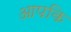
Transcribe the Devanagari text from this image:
आपकि